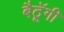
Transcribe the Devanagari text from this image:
बैठॅूगी